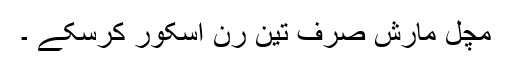
مچل مارش صرف تین رن اسکور کرسکے ۔